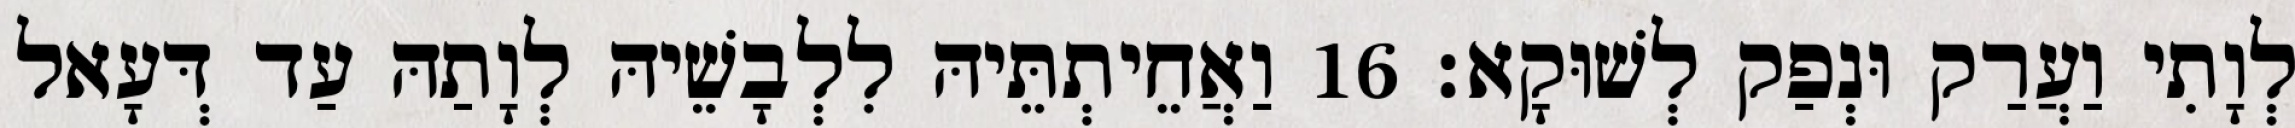
לְוָתִי וַעֲרַק וּנְפַק לְשׁוּקָא׃ 16 וַאֲחֵיתְתֵּיהּ לִלְבָשֵׁיהּ לְוָתַהּ עַד דְּעָאל